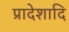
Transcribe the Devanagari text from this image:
प्रादेशादि